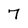
Character: 7